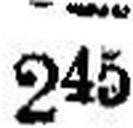
245